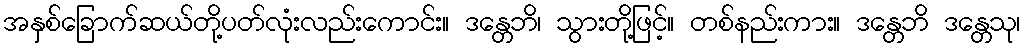
အနှစ်ခြောက်ဆယ်တို့ပတ်လုံးလည်းကောင်း။ ဒန္တေဘိ၊ သွားတို့ဖြင့်။ တစ်နည်းကား။ ဒန္တေဘိ ဒန္တေသု၊